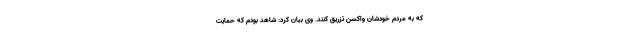
که به مردم خودشان واکسن تزریق کنند. وی بیان کرد: شاهد بودم که حمایت